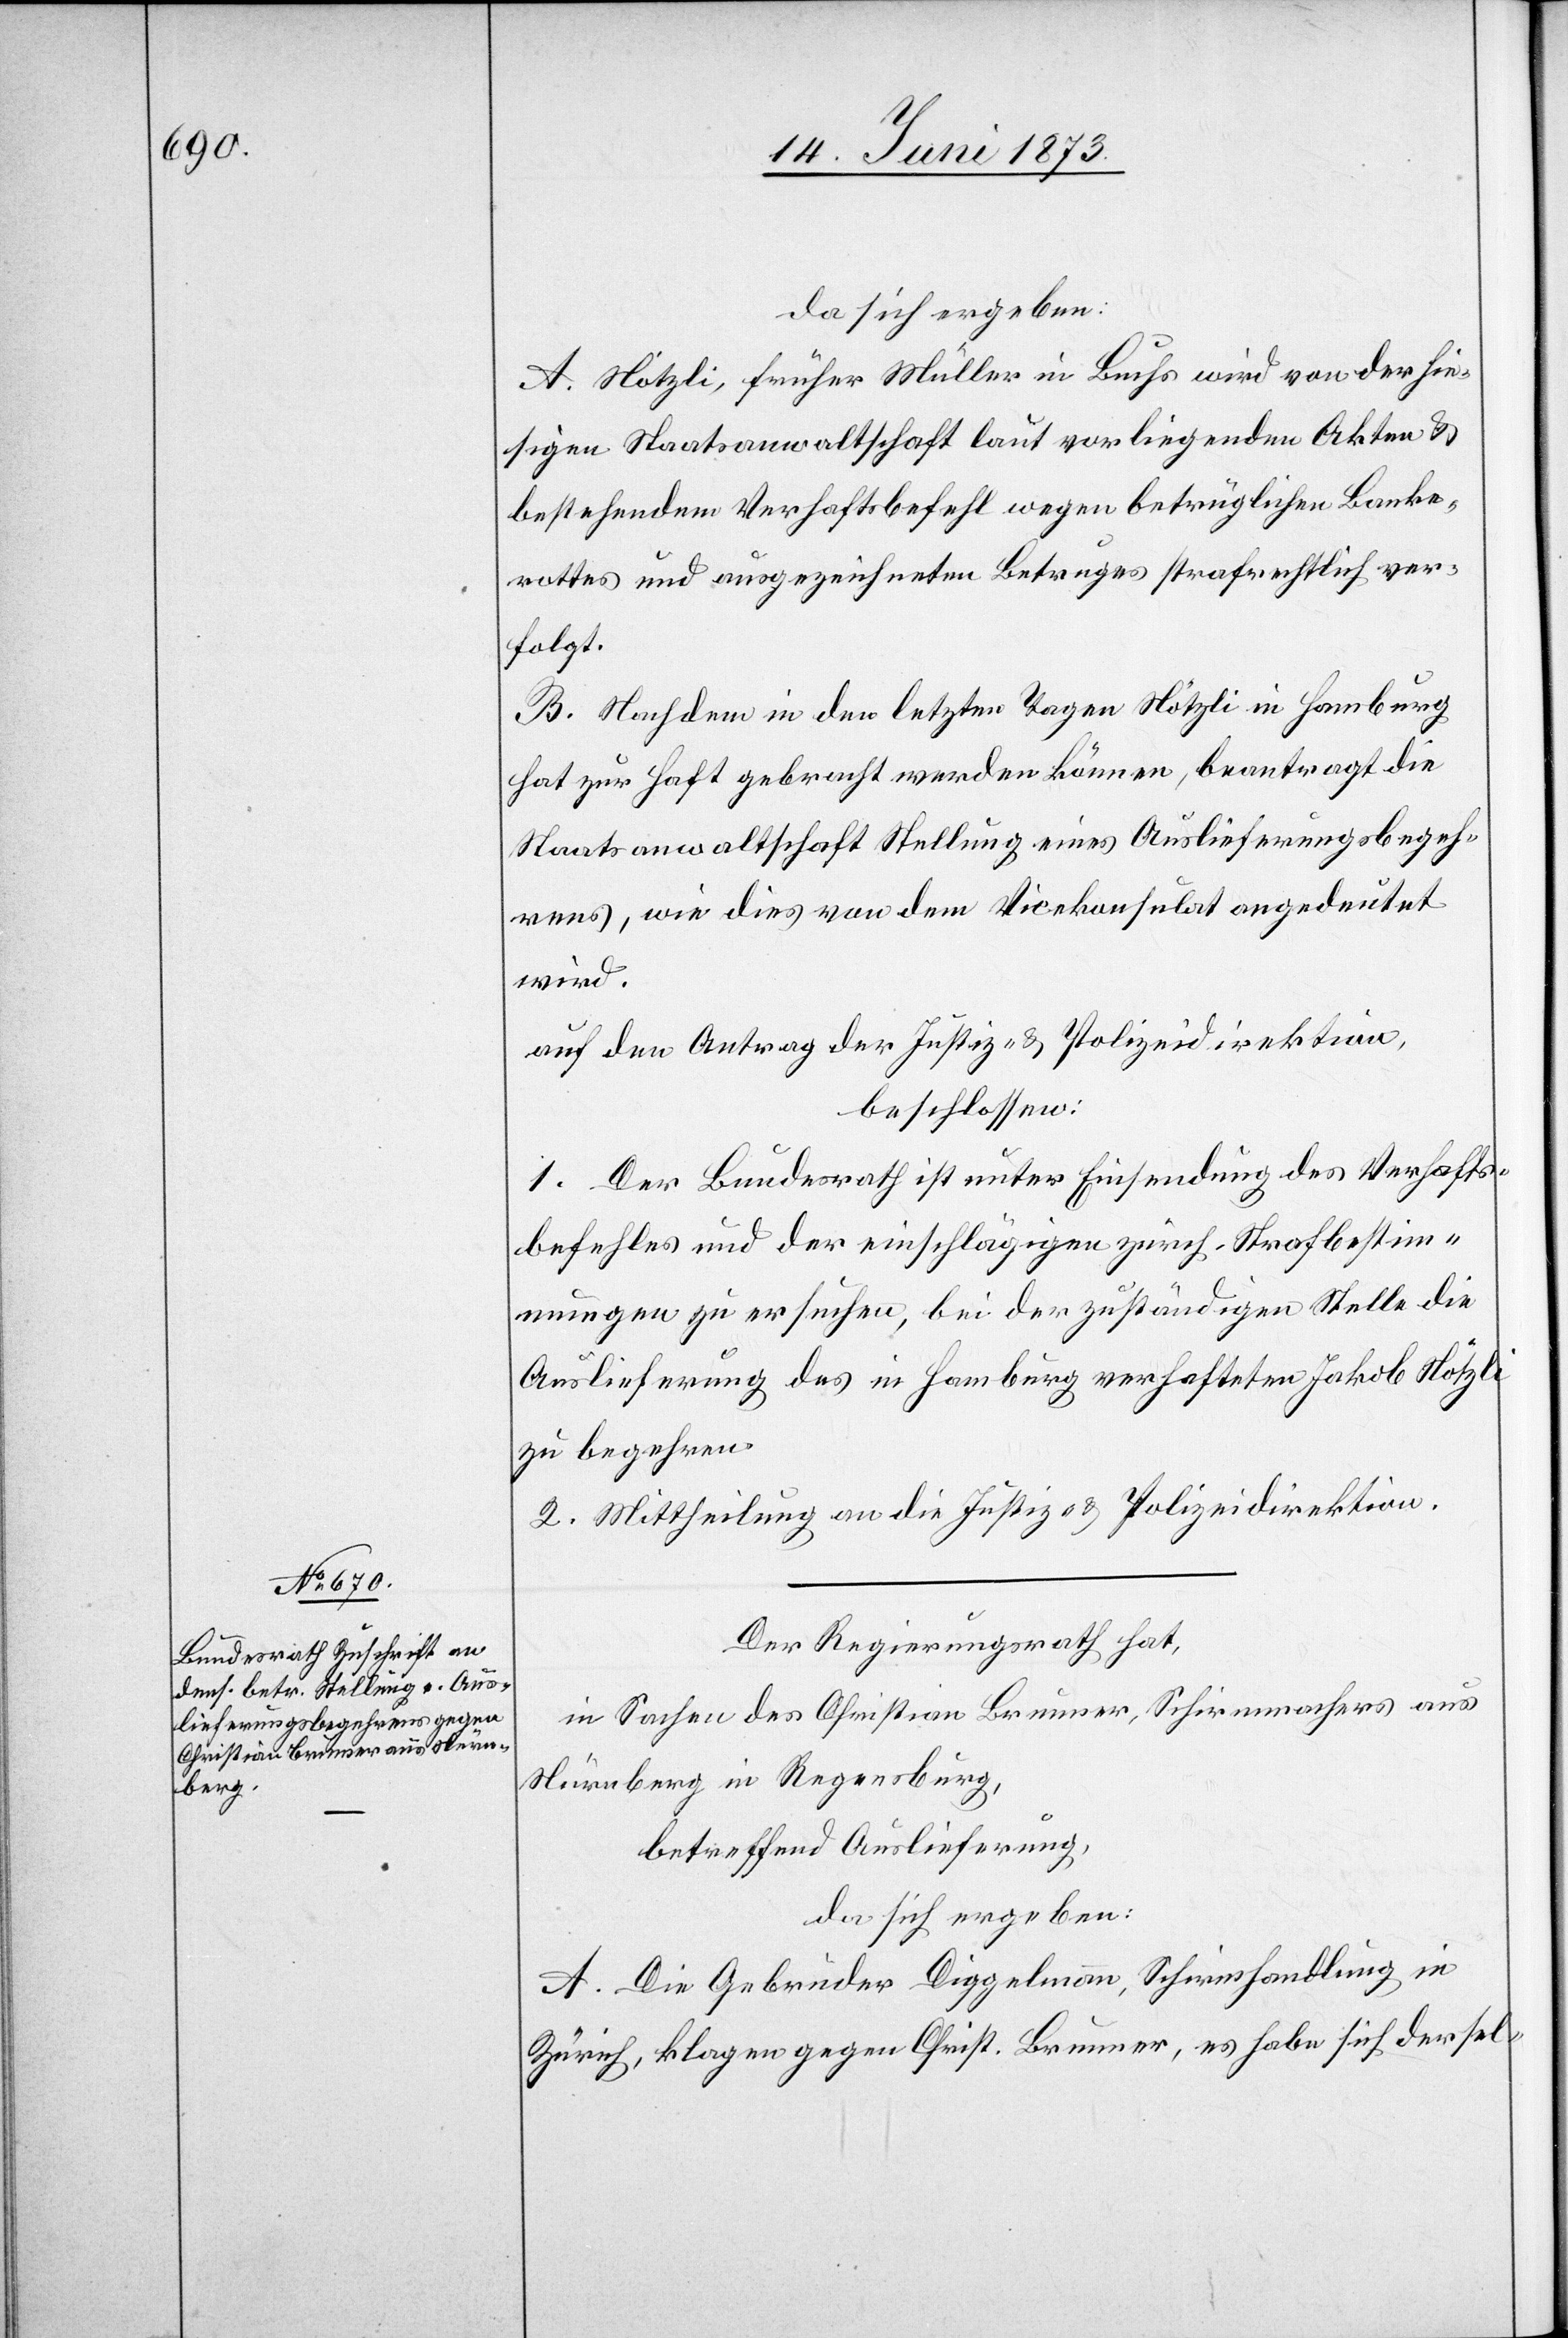
da sich ergeben:
A. Nötzli, früher Müller in Buchs wird von der hie¬
sigen Staatsanwaltschaft laut vorliegenden Akten &
bestehendem Verhaftsbefehl wegen betrüglichen Banke¬
rottes und ausgezeichneten Betruges strafrechtlich ver¬
folgt.
B. Nachdem in den letzten Tagen Nötzli in Hamburg
hat zur Haft gebracht werden können, beantragt die
Staatsanwaltschaft Stellung eines Auslieferungsbegeh¬
rens, wie dies von dem Vicekonsulat angedeutet
wird.
auf den Antrag der Justiz- & Polizeidirektion,
beschlossen:
1. Der Bundesrath ist unter Einsendung des Verhafts¬
befehles und der einschlägigen zürch. Strafbestim¬
mungen zu ersuchen, bei der zuständigen Stelle die
Auslieferung des in Hamburg verhafteten Jakob Nötzli
zu begehren.
2. Mittheilung an die Justiz- & Polizeidirektion.
Der Regierungsrath hat,
in Sachen des Christian Brunner, Schirmmachers aus
Nürnberg in Regensburg,
betreffend Auslieferung,
da sich ergeben:
A. Die Gebrüder Diggelmann, Schirmhandlung in
Zürich, klagen gegen Christ. Brunner, es habe sich dersel-